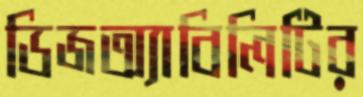
ডিজঅ্যাবিলিটির